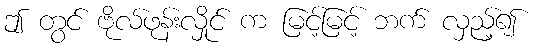
ဤ တွင် ဗိုလ်ဖုန်းလှိုင် က မြင့်မြင့် ဘက် လှည့်၍